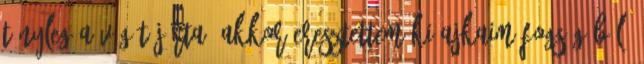
tényleg a végét járta, akkor eresztettem ki ajkaim fogságából.